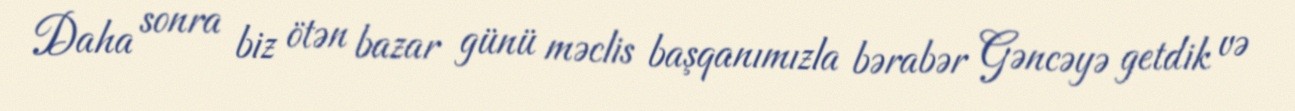
Daha sonra biz ötən bazar günü məclis başqanımızla bərabər Gəncəyə getdik və